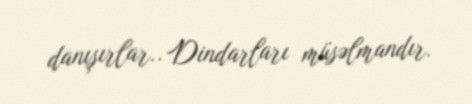
danışırlar.. Dindarları müsəlmandır.